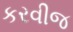
કરવીજ